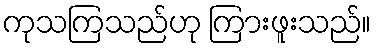
ကုသကြသည်ဟု ကြားဖူးသည်။